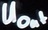
Text: Uout